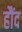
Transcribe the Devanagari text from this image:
हौंद